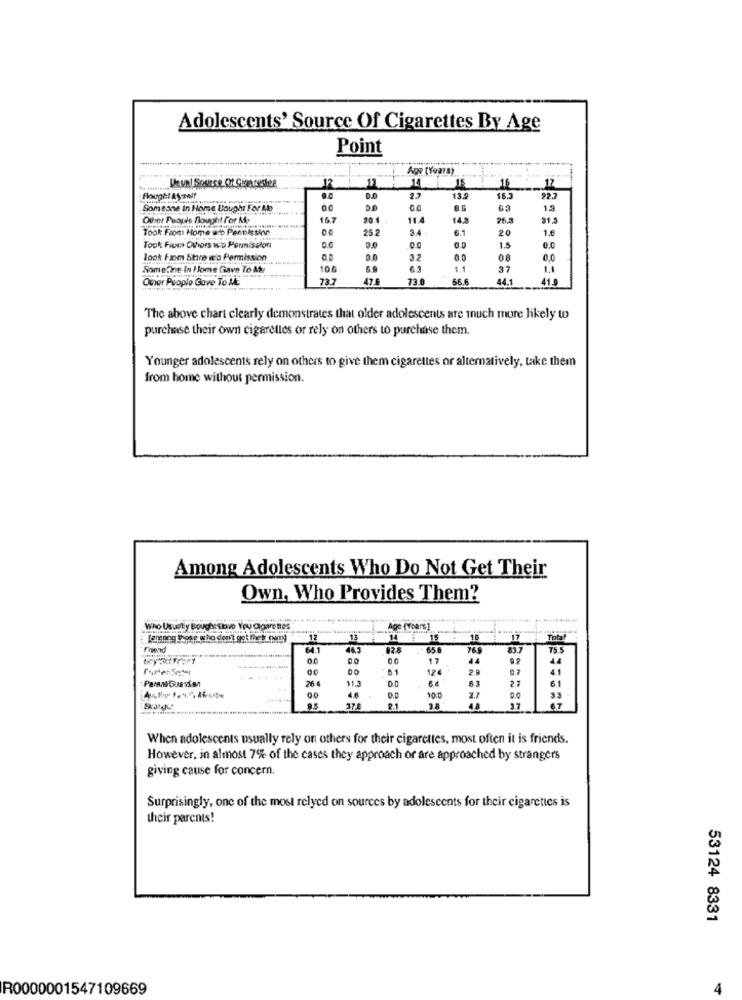
Adolescents' Source Of Cigarettes By Age
Point
Age (Years)
Uunl Source Of Girarestee
12
17
16
Bought Ayself
O.C
13.9
16.3
92.7
Someone In Home Bought For Abo
8.6
Other People fought f'or Mo
167
20 1
11
143
91.3
Took Front Home wto Permission
25 2
3.4
6.1
20
1.6
Took From Others wo Permission
0.0
0.0
1.5
look from Stire w'o Permission
0.0
08
0.0
SomeOne in Home Gave To At
106
37
1.
Oner People Gave To Al
73.7
47.
73.0
56.6
44.1
41.
The above chart clearly demonstrates that older adolescents are much more likely to
purchase their own cigarettes or rely on others to purchase them.
Younger adolescents rely on others to give them cigarettes or alternatively, take them
from home without permission.
Among Adolescents Who Do Not Get Their
Own, Who Provides Them?
Who Ususty Bough:stre You Ogare nes
(among those who don't get lick own)
12
13
14
15
17
Total
Fhend
46.3
026
65.
765
TS.5
00
1.7
44
44
00
6.1
12€
2.9
07
41
11.3
0.0
27
61
Parani Guavion
00
10.0
2.7
37
21
4.8
3.7
67
When adolescents usually rely on others for their cigarettes, most often it is friends.
However, in almost 7% of the cases they approach or are approached by strangers
giving cause for concern.
Surprisingly, one of the most relyed on sources by adolescents for their cigarettes is
their parents!
53124 8331
R0000001547109669
4